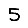
Digit: 5